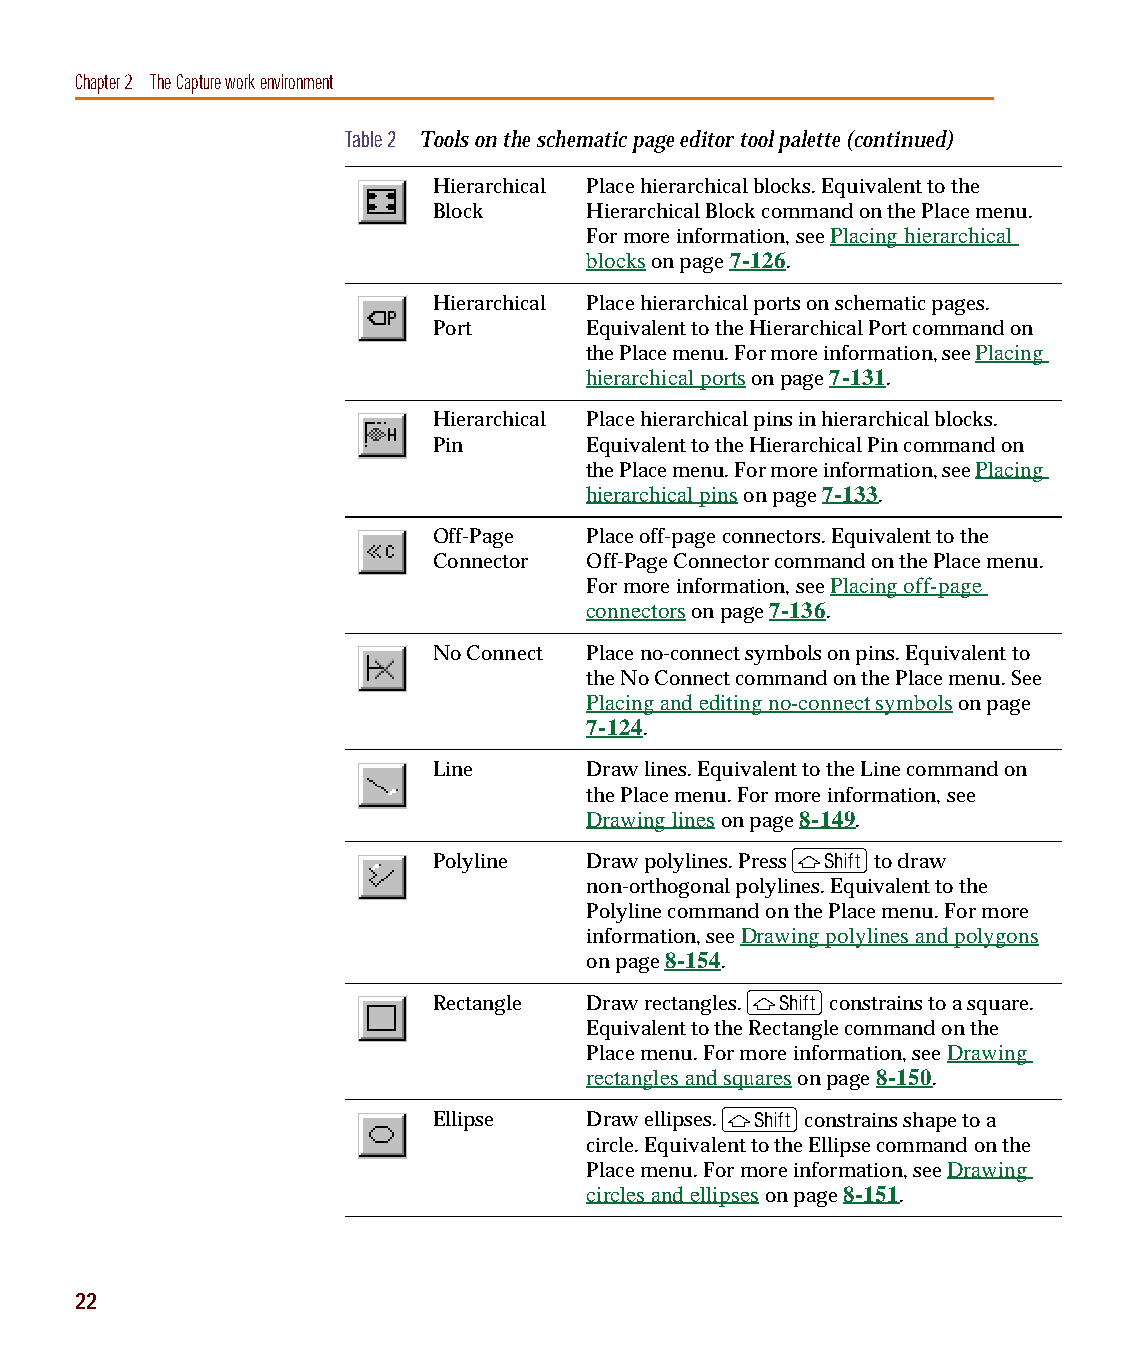
capug.book Page 22 Thursday, November 12, 1998 3:38 PM
 Chapter 2 The Capture work environment
 Table 2 Tools on the schematic page editor tool palette (continued)
 Hierarchical Place hierarchical blocks. Equivalent to the
 Block     Hierarchical Block command on the Place menu.
 For more information, see Placing hierarchical
 blocks on page 7-126.
 Hierarchical Place hierarchical ports on schematic pages.
 Port      Equivalent to the Hierarchical Port command on
 the Place menu. For more information, see Placing
 hierarchical ports on page 7-131.
 Hierarchical Place hierarchical pins in hierarchical blocks.
 Pin       Equivalent to the Hierarchical Pin command on
 the Place menu. For more information, see Placing
 hierarchical pins on page 7-133.
 Off-Page  Place off-page connectors. Equivalent to the
 Connector Off-Page Connector command on the Place menu.
 For more information, see Placing off-page
 connectors on page 7-136.
 No Connect Place no-connect symbols on pins. Equivalent to
 the No Connect command on the Place menu. See
 Placing and editing no-connect symbols on page
 7-124.
 Line      Draw lines. Equivalent to the Line command on
 the Place menu. For more information, see
 Drawing lines on page 8-149.
 S
 Polyline  Draw polylines. Press to draw
 non-orthogonal polylines. Equivalent to the
 Polyline command on the Place menu. For more
 information, see Drawing polylines and polygons
 on page 8-154.
 S
 Rectangle Draw rectangles. constrains to a square.
 Equivalent to the Rectangle command on the
 Place menu. For more information, see Drawing
 rectangles and squares on page 8-150.
 S
 Ellipse   Draw ellipses. constrains shape to a
 circle. Equivalent to the Ellipse command on the
 Place menu. For more information, see Drawing
 circles and ellipses on page 8-151.
 22